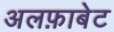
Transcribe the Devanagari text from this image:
अलफ़ाबेट